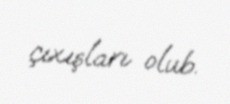
çıxışları olub.